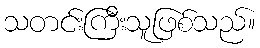
သတင်းကြီးသူဖြစ်သည်။